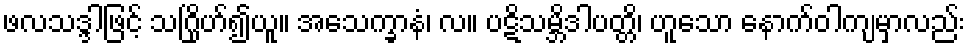
ဖလသဒ္ဒါဖြင့် သဂြိုဟ်၍ယူ။ အသေက္ခာနံ၊ လ။ ပဋိသမ္ဘိဒါပတ္တိ၊ ဟူသော နောက်ဝါကျမှာလည်း